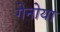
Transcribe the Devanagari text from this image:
गेनोया